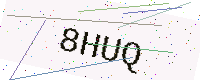
Text: 8HUQ